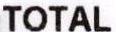
TOTAL